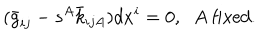
( \bar { g } _ { i j } - s ^ { A } \bar { k } _ { i j A } ) d x ^ { i } = 0 , \; \; A \mathrm { ~ f i x e d } .